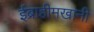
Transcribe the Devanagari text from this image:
ईब्राहीमखानी